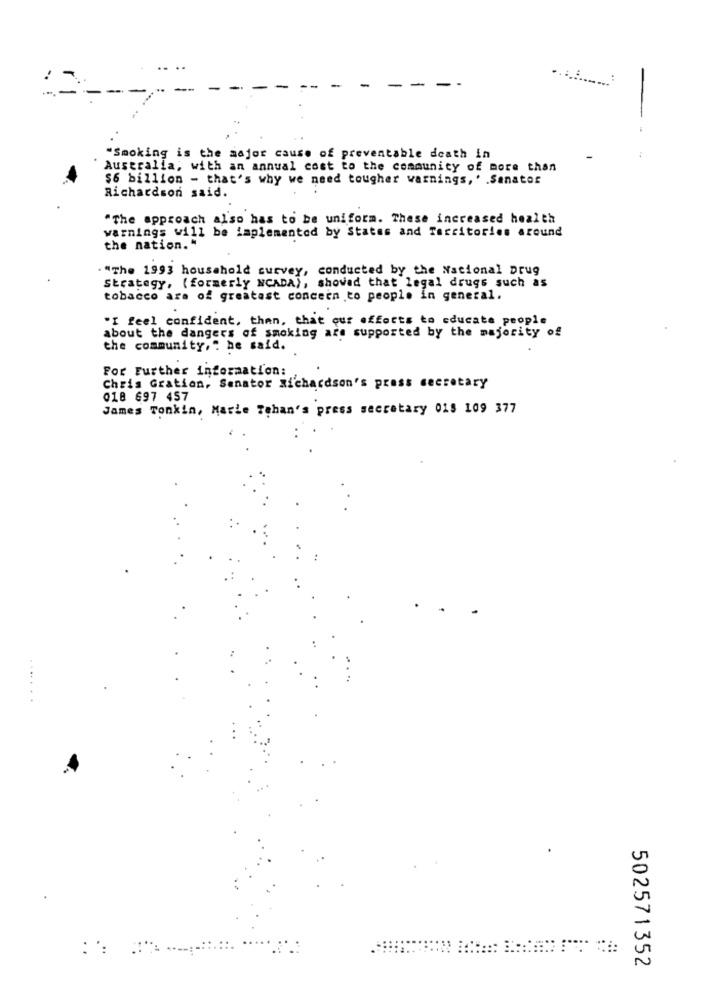
- -
"Smoking is the major cause of preventable death in
Australia, with an annual cost to the community of more than
$6 billion - that's why we need tougher warnings, . . Sanator
Richardson said.
"The approach also has to be uniform. These increased health
warnings will be implemented by States and Territories around
the nation."
"The 1993 household survey, conducted by the National Drug
Strategy, (formerly NCADA), showad that legal drugs such as
tobacco ara of greatast concern to people in general.
"I feel confident, than, that our efforts to educate people
about the dangers of smoking are supported by the majority of
the community," he said.
For Further information:
Chris Gration, Senator Richardson's press secretary
018 697 457
James Tonkin, Marie Tehan's press secretary 018 109 377
.
:':
::::
502571352